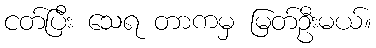
ငတ်ပြီး သေရ တာကမှ မြတ်ဦးမယ်။